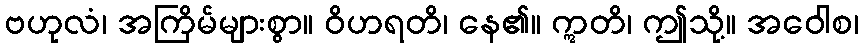
ဗဟုလံ၊ အကြိမ်များစွာ။ ဝိဟရတိ၊ နေ၏။ ဣတိ၊ ဤသို့။ အဝေါစ၊